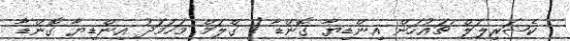
ކެޝަރިލަލް ޗައުހަން އިންޑިޔާ ގޮންޑާ / ގްލަމް މަހަމަދު އިންޑިޔާ ގޮންޑާ